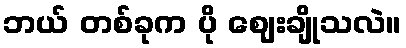
ဘယ် တစ်ခုက ပို ဈေးချိုသလဲ။